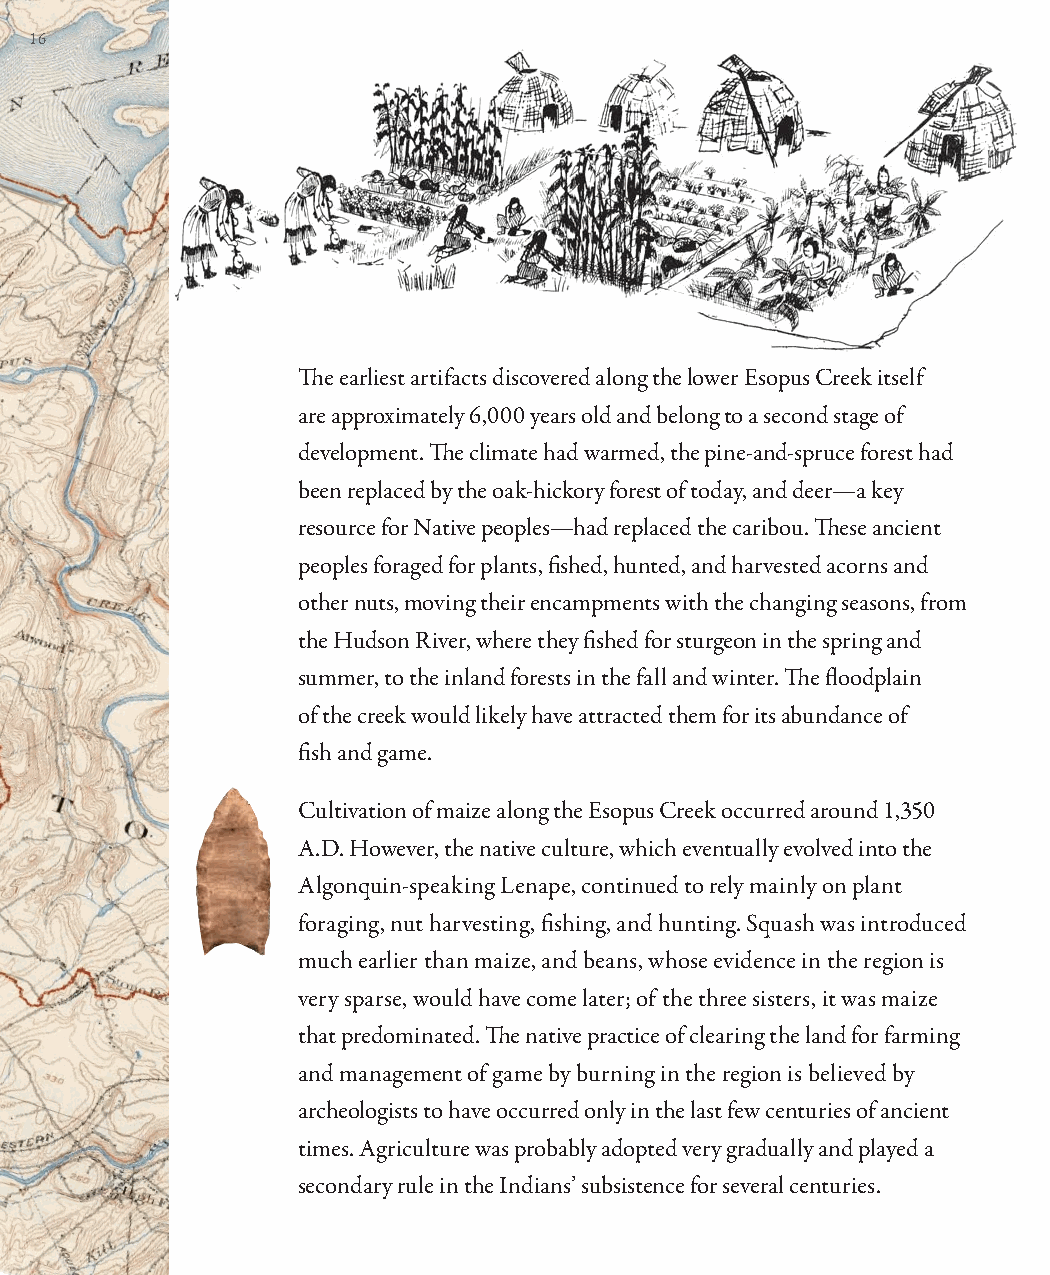
16
 Th e earliest artifacts discovered along the lower Esopus Creek itself
 are approximately 6,000 years old and belong to a second stage of
 development. Th e climate had warmed, the pine-and-spruce forest had
 been replaced by the oak-hickory forest of today, and deer—a key
 resource for Native peoples—had replaced the caribou. Th ese ancient
 peoples foraged for plants, fi shed, hunted, and harvested acorns and
 other nuts, moving their encampments with the changing seasons, from
 the Hudson River, where they fi shed for sturgeon in the spring and
 summer, to the inland forests in the fall and winter. Th e fl oodplain
 of the creek would likely have attracted them for its abundance of
 fi sh and game.
 Cultivation of maize along the Esopus Creek occurred around 1,350
 A.D. However, the native culture, which eventually evolved into the
 Algonquin-speaking Lenape, continued to rely mainly on plant
 foraging, nut harvesting, fi shing, and hunting. Squash was introduced
 much earlier than maize, and beans, whose evidence in the region is
 very sparse, would have come later; of the three sisters, it was maize
 that predominated. Th e native practice of clearing the land for farming
 and management of game by burning in the region is believed by
 archeologists to have occurred only in the last few centuries of ancient
 times. Agriculture was probably adopted very gradually and played a
 secondary rule in the Indians’ subsistence for several centuries.